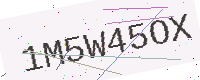
Text: 1M5W45OX